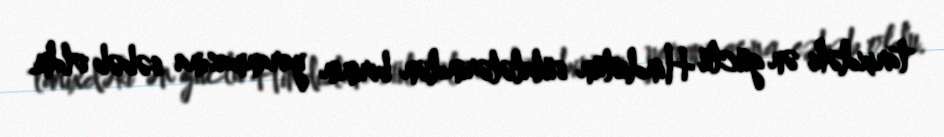
tarixdəki ən güclü Hindistan sülalələrindən birinin yaranmasına səbəb oldu.